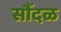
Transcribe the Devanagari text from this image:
सौंदळ